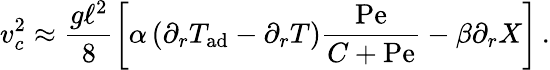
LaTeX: v_{c}^{2}\approx\frac{g\ell^{2}}{8}\left[\alpha\left(\partial_{r}T_{\mathrm{ad}}-\partial_{r}T\right){\frac{\mathrm{Pe}}{C+\mathrm{Pe}}}-\beta\partial_{r}X\right]\, .